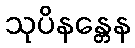
သုပိနန္တေန